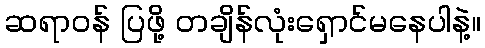
ဆရာဝန် ပြဖို့ တချိန်လုံးရှောင်မနေပါနဲ့။